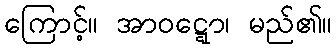
ကြောင့်။ အာဝဋ္ဋော၊ မည်၏။